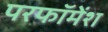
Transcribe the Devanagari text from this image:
परफॉमेंश